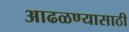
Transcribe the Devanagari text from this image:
आढळण्यासाठी